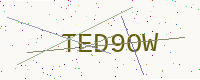
Text: TED9OW